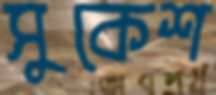
সুকেশ